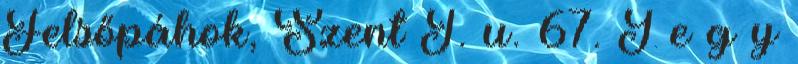
Felsőpáhok, Szent I. u. 67. J e g y